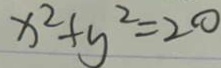
x ^ { 2 } + y ^ { 2 } = 2 0